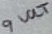
Text: 9 VOLT